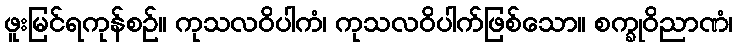
ဖူးမြင်ရကုန်စဉ်။ ကုသလဝိပါကံ၊ ကုသလဝိပါက်ဖြစ်သော။ စက္ခုဝိညာဏံ၊